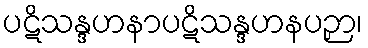
ပဋိသန္ဒဟနာပဋိသန္ဒဟနပဉှာ၊